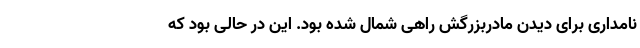
نامداری برای دیدن مادربزرگش راهی شمال شده بود. این در حالی بود که